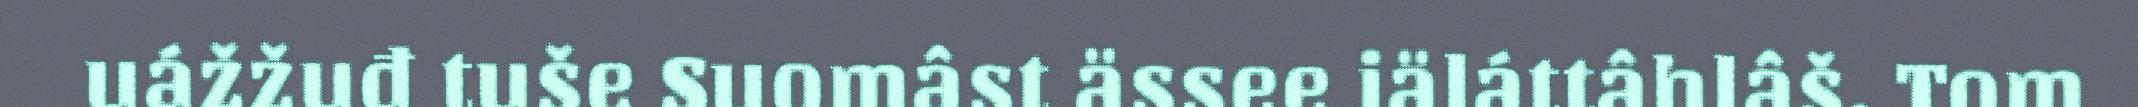
uážžuđ tuše Suomâst ässee iäláttâhlâš. Tom